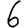
Digit: 6